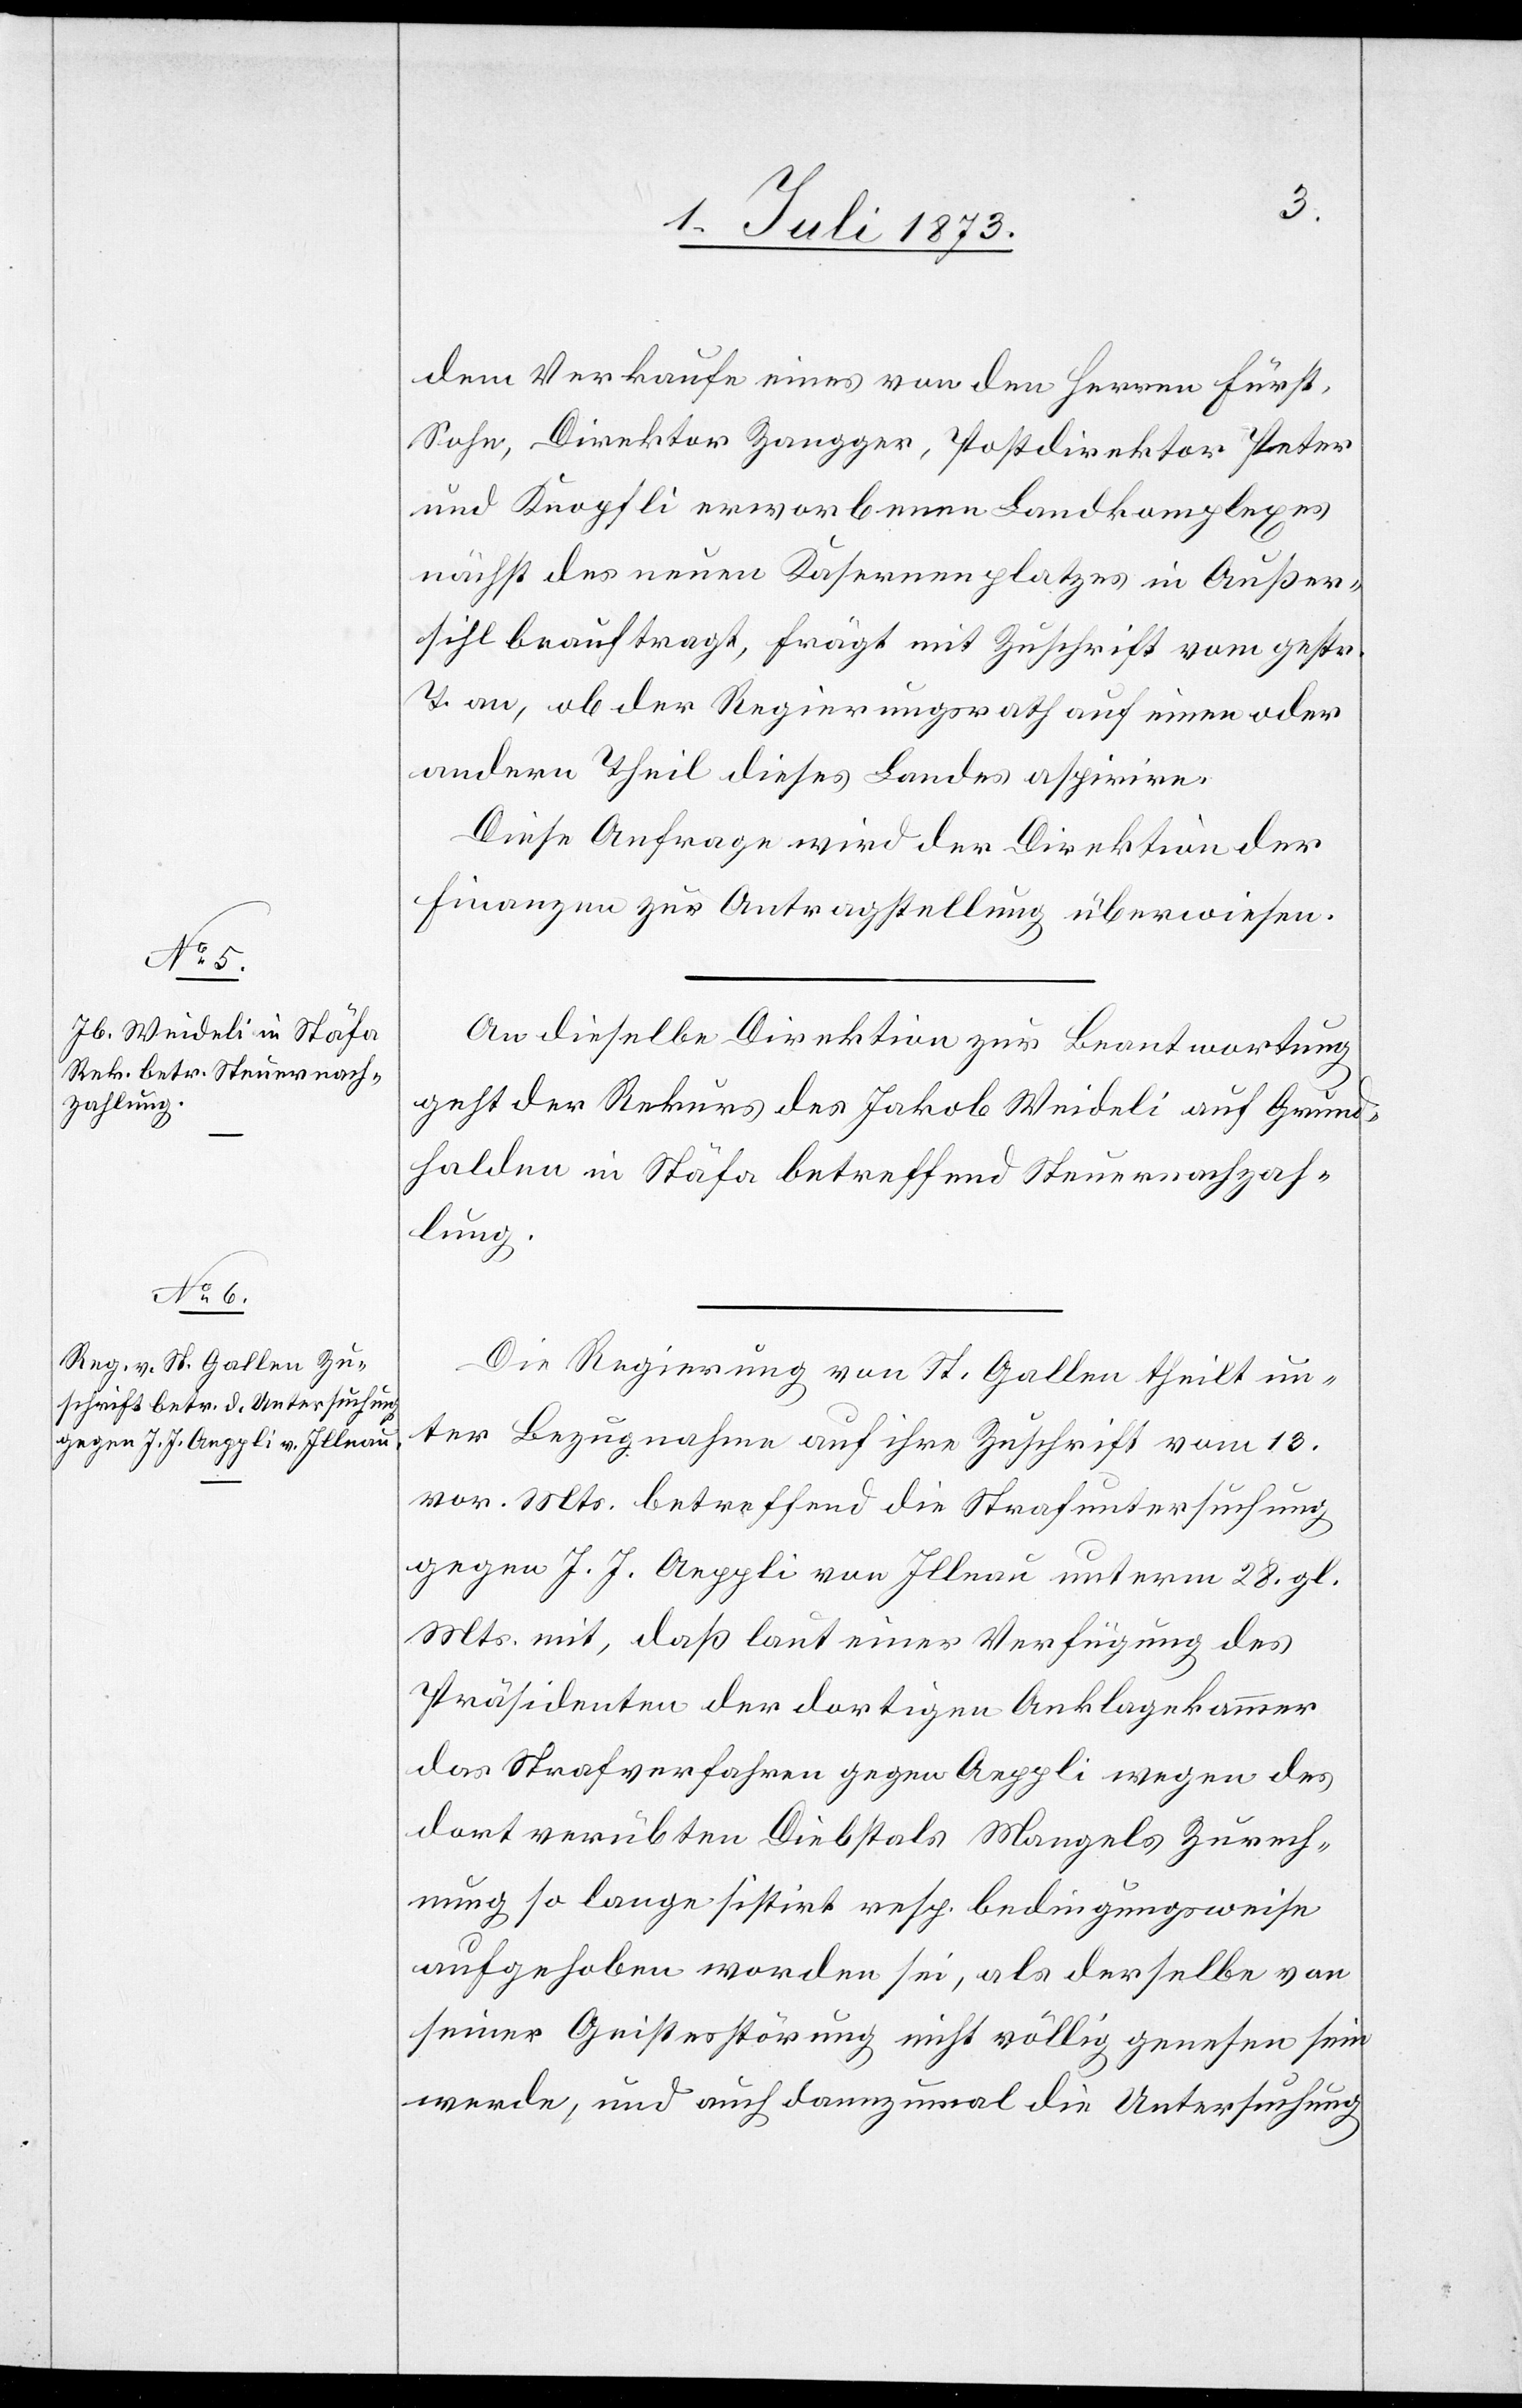
1. Juli 1873.]
dem Verkaufe eines von den Herren Fürst,
Sohn, Direktor Zangger, Postdirektor Peter
und Knopfli erworbenen Landkomplexes
nächst des neuen Kasernenplatzes in Außer¬
sihl beauftragt, frägt mit Zuschrift vom gestr.
T. an, ob der Regierungsrath auf einen oder
andern Theil dieses Landes aspirire.
Diese Anfrage wird der Direktion der
Finanzen zur Antragstellung überwiesen.
An dieselbe Direktion zur Beantwortung
geht der Rekurs des Jakob Weideli auf Grund¬
halden in Stäfa betreffend Steuernachzah¬
lung.
Die Regierung von St. Gallen theilt un¬
ter Bezugnahme auf ihre Zuschrift vom 13.
vor. Mts. betreffend die Strafuntersuchung
gegen J. J. Aeppli von Illnau unterm 28. gl.
Mts. mit, daß laut einer Verfügung des
Präsidenten der dortigen Anklagekammer
das Strafverfahren gegen Aeppli wegen des
dort verübten Diebstals Mangels Zurech¬
nung so lange sistirt resp. bedingungsweise
aufgehoben worden sei, als derselbe von
seiner Geistesstörung nicht völlig genesen sein
werde, und auch dannzumal die Untersuchung